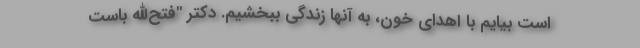
است بیایم با اهدای خون، به آنها زندگی ببخشیم. دکتر "فتح‌الله باست